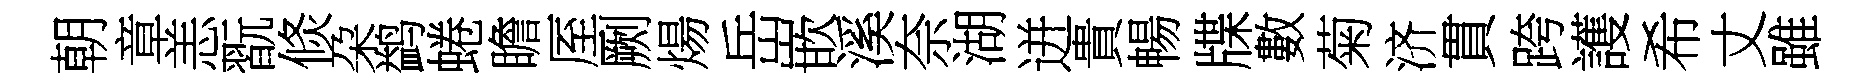
朝章恙翫倐朶鹢蜷瞻厔劂煬岳嵌溪奈湖迸貴暢牒數菊济貫跨護希丈雖